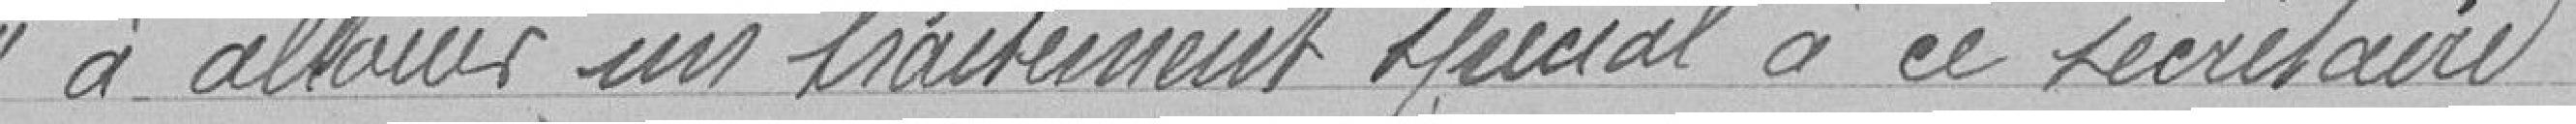
à allouer un traitement spécial à ce secrétaire